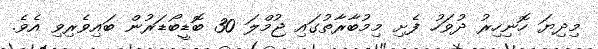
މިދިޔަ ހޮނިހިރު ދުވަހު ފެށި މިމުބާރާތުގައި ޖުމްލަ 30 ބޮޑީބޯޑަރުން ބައިވެރިވި އެވެ.